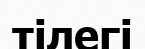
тілегі